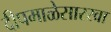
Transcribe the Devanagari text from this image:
दीपमाळेसारखा